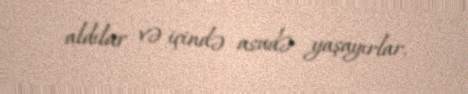
aldılar və içində asudə yaşayırlar.